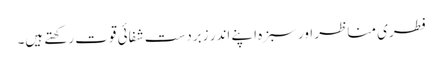
فطری مناظر اور سبزہ اپنے اندر زبردست شفائی قوت رکھتے ہیں۔